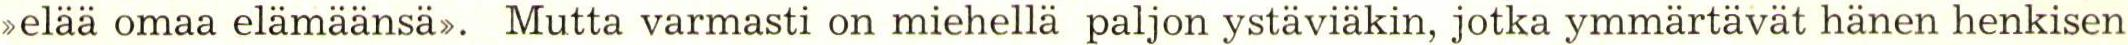
>elää omaa elämäänsä>. Mutta varmasti on miehellä paljon ystäviäkin, jotka ymmärtävät hänen henkisen